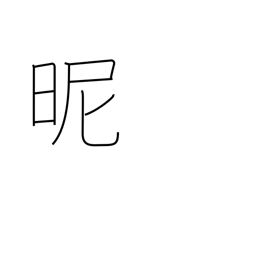
Meaning: reconcile